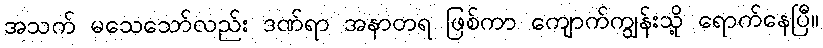
အသက် မသေသော်လည်း ဒဏ်ရာ အနာတရ ဖြစ်ကာ ကျောက်ကျွန်းသို့ ရောက်နေပြီ။